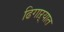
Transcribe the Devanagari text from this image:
ढिगाऱ्यात